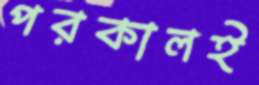
পরকালই